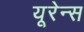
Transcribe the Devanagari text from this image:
यूरेन्स